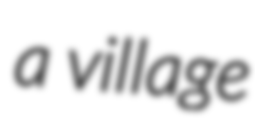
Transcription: a village